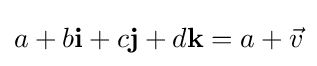
a+b\mathbf {i} +c\mathbf {j} +d\mathbf {k} =a+{\vec {v}}